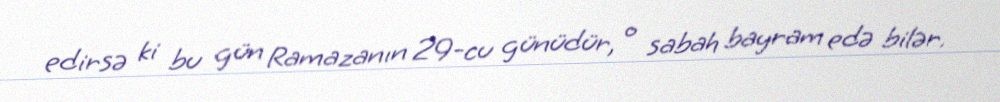
edirsə ki bu gün Ramazanın 29-cu günüdür, o sabah bayram edə bilər.